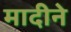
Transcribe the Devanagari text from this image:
मादीने